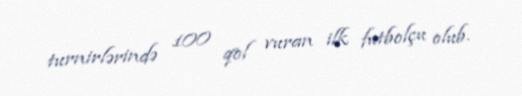
turnirlərində 100 qol vuran ilk futbolçu olub.